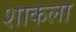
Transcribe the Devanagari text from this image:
शाकला